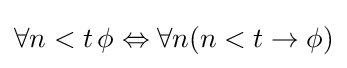
\forall n<t\,\phi \Leftrightarrow \forall n(n<t\rightarrow \phi )